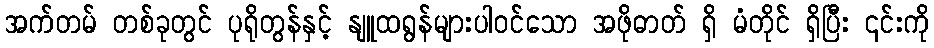
အက်တမ် တစ်ခုတွင် ပုရိုတွန်နှင့် နျူထရွန်များပါဝင်သော အဖိုဓာတ် ရှိ မံတိုင် ရှိပြီး ၎င်းကို